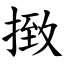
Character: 㨖